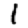
Digit: 1